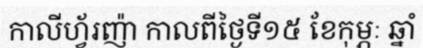
កាលីហ្វ័រញ៉ា កាលពីថ្ងៃទី១៥ ខែកុម្ភៈ ឆ្នាំ